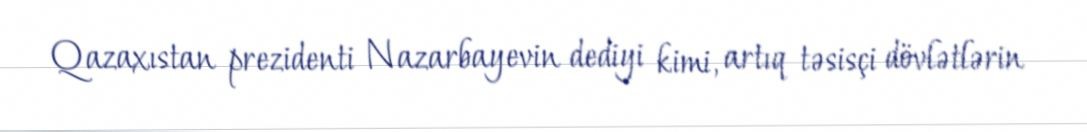
Qazaxıstan prezidenti Nazarbayevin dediyi kimi, artıq təsisçi dövlətlərin